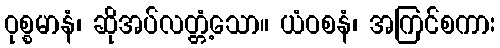
ဝုစ္စမာနံ၊ ဆိုအပ်လတ္တံ့သော။ ယံဝစနံ၊ အကြင်စကား